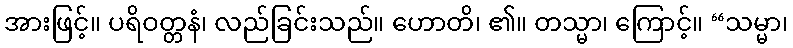
အားဖြင့်။ ပရိဝတ္တနံ၊ လည်ခြင်းသည်။ ဟောတိ၊ ၏။ တသ္မာ၊ ကြောင့်။ “သမ္မာ၊